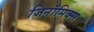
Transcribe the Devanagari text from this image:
जिनॉमिक्स